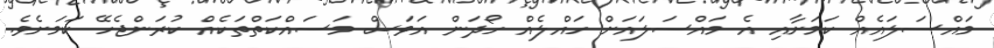
މައްސަލައެއް ކަމަށާއި އެ މައްސަލައަށް ހައްލެއް ހޯދަން އަވަސް މަސައްކަތްތަކެއް ކުރަންޖެހޭ ކަަމަށެވެ.